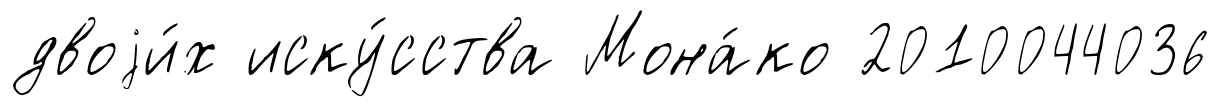
двоjи́х иску́сства Мона́ко 2010044036